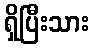
ရှိပြီးသား